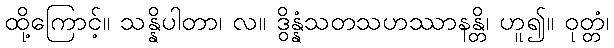
ထို့ကြောင့်။ သန္နိပါတာ၊ လ။ ဒွိန္နံသတသဟဿာနန္တိ၊ ဟူ၍။ ဝုတ္တံ၊